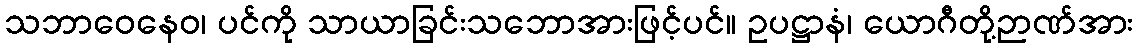
သဘာဝေနေဝ၊ ပင်ကို သာယာခြင်းသဘောအားဖြင့်ပင်။ ဥပဋ္ဌာနံ၊ ယောဂီတို့ဉာဏ်အား